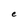
Character: e